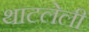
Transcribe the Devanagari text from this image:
थाटलेली